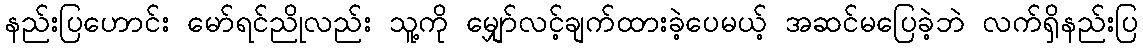
နည်းပြဟောင်း မော်ရင်ညိုလည်း သူ့ကို မျှော်လင့်ချက်ထားခဲ့ပေမယ့် အဆင်မပြေခဲ့ဘဲ လက်ရှိနည်းပြ